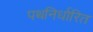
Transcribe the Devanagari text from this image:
पथनिर्धारित